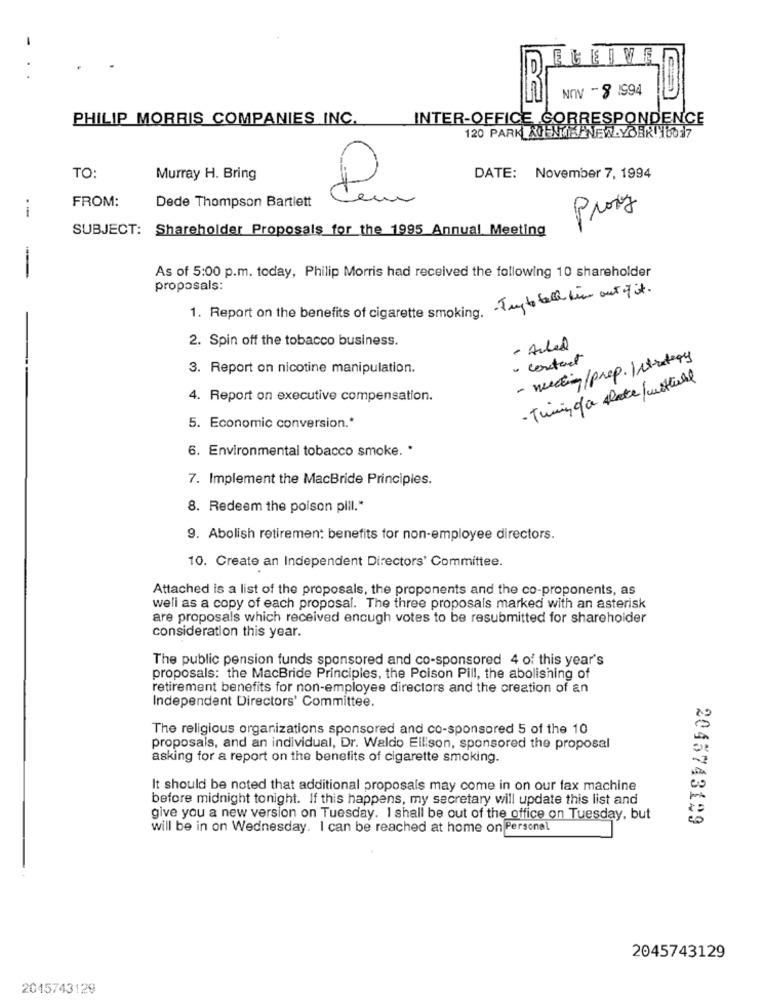
ECEIVEI
..
NOV -8 1994
PHILIP MORRIS COMPANIES INC.
INTER-OFFICE CORRESPONDENCE
120 PARK AUFNR NEW-YORK!Y6017
TO:
Murray H. Bring
DATE: November 7, 1994
FROM:
em
Dede Thompson Bartlett
--
Proxy
SUBJECT: Shareholder Proposals for the 1995 Annual Meeting
As of 5:00 p.m. today, Philip Morris had received the following 10 shareholder
proposals:
- Try to tell him out of it .
1. Report on the benefits of cigarette smoking.
2. Spin off the tobacco business.
· contact
- meeting/prep. Intrudery
3. Report on nicotine manipulation.
4. Report on executive compensation.
5. Economic conversion .*
6. Environmental tobacco smoke. *
7. Implement the MacBride Principles.
8. Redeem the poison pill."
9. Abolish retirement benefits for non-employee directors.
10. Create an Independent Directors' Committee.
Attached is a list of the proposals, the proponents and the co-proponents, as
well as a copy of each proposal. The three proposals marked with an asterisk
are proposals which received encugh votes to be resubmitted for shareholder
consideration this year.
The public pension funds sponsored and co-sponsored 4 of this year's
proposals: the MacBride Principles, the Poison Pill, the abolishing of
retirement benefits for non-employee directors and the creation of an
Independent Directors' Committee.
The religious organizations sponsored and co-sponsored 5 of the 10
proposals, and an individual, Dr. Waldo Ellison, sponsored the proposal
asking for a report on the benefits of cigarette smoking.
It should be noted that additional proposals may come in on our fax machine
before midnight tonight. If this happens, my secretary will update this list and
give you a new version on Tuesday. I shall be out of the office on Tuesday, but
2045743199
will be in on Wednesday. I can be reached at home on Personal
2045743129
2045743129